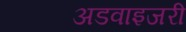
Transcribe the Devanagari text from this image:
अडवाइजरी